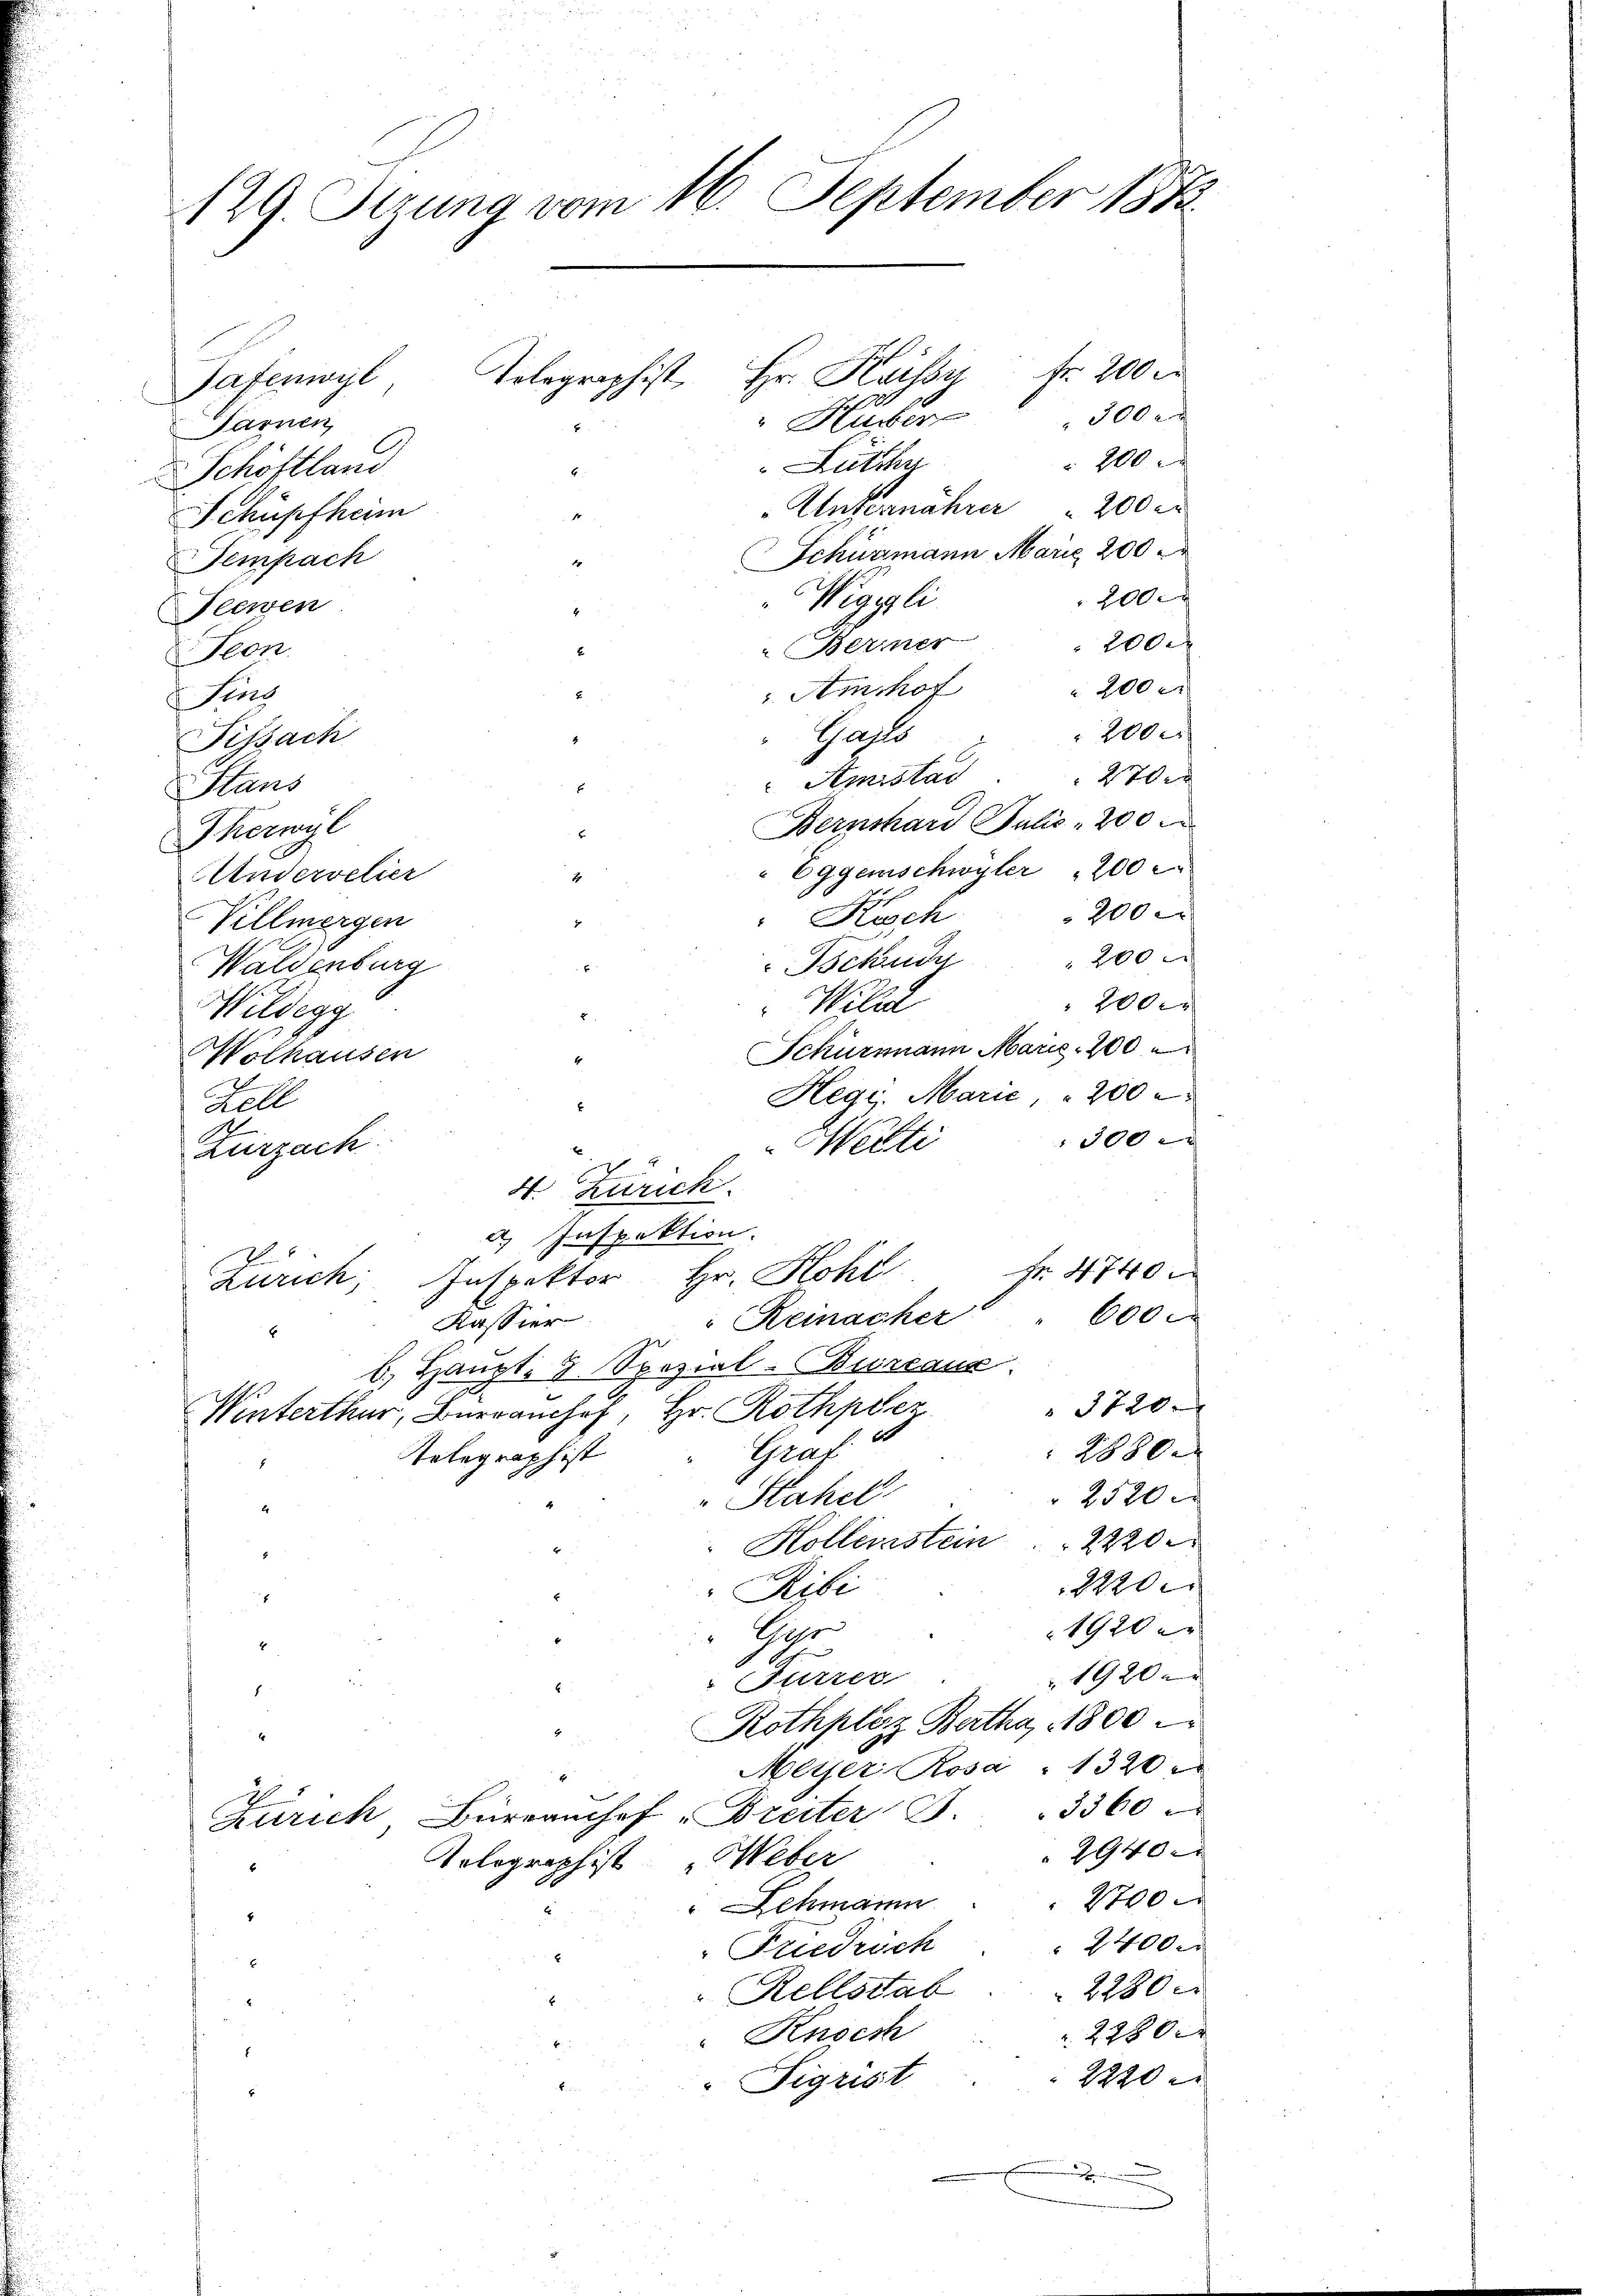
129. Sezung vom 16. September 1873.
Hr. Kassy fr. 200
Tolographist
Pafemoyl
Nr. 20
300 r
iber
Sarnen,
200 x
Rutty
Schöftland

„Unternährer " 200 er
Schüpfheim
Schüzmann Marie 200
Dempach
2000
Wigigli
Teewen
2000
Bermer
 Peen
200 x
. Ainshof
Fins
Gals
Fissach
Stans
Bernhard Julis 200
Thorwyl
" Eggenschwyler 200
Andervelier
Villmergen
200 x
Waldenburg
200x
Wildegg
Schürmann Marie 200
Wolhausen
Hegi. Marie, 200
Zell
300
Merti
Zurzach
4. Zürich.
2) Inspektion.
Fr. 4740.
Inspektor Hr. Hohl
Zürich
600
Reinacker
Kassier
6., Haupt, 3. Spezial-Bureaux.
 1720.
Winterthur, Barrauch, Hr. Rothpez
2880.
Grat
Telegraph ist
5
Stahel
2520
Er
Kollenstein    2220
22200
Ribi
7
1920 x
Gyr
2
1920 x
Fürzer
8
Rothpléz Bartha, 1800
l
Meyer Rosa " 1320
x
Zürich Büreanchef Breiter S. 3360
2940.
Kolegraphist Weber
1700.
Schmann
4
24000
Friedrich

22800
Rellstab
2280x
Knoesh
7
2220
Sigrist
.

Amistad
Kusch
Tschudy
Wild
k

100
2700
2000